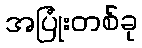
အပြုံးတစ်ခု